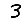
Digit: 3